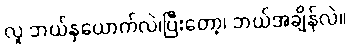
လူ ဘယ်နှယောက်လဲ၊ပြီးတော့၊ ဘယ်အချိန်လဲ။